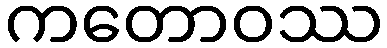
ကတောဝဿ